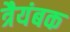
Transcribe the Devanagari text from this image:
त्रैयंबक